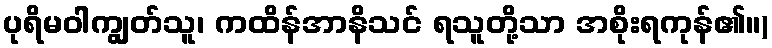
ပုရိမဝါကျွတ်သူ၊ ကထိန်အာနိသင် ရသူတို့သာ အစိုးရကုန်၏။)